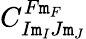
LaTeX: C_{I\mathtt{m}_{I}J\mathtt{m}_{J}}^{F\mathtt{m}_{F}}